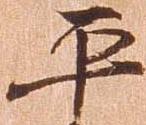
平